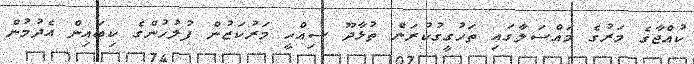
ކުއްޖާގެ މަރުގެ މައްސަލާގައި ތަހުގީގުކުރަން ތުޅާދޫ ސިއްހީ މަރުކަޒުން ފުލުހުންގެ ކިބައިން އެދުމުން